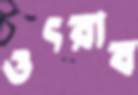
ওৎরাব